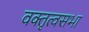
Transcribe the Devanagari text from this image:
वक्तृत्वसभा